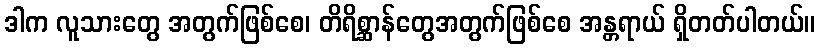
ဒါက လူသားတွေ အတွက်ဖြစ်စေ၊ တိရိစ္ဆာန်တွေအတွက်ဖြစ်စေ အန္တရာယ် ရှိတတ်ပါတယ်။